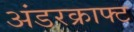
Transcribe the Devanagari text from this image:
अंडरक्राफ्ट